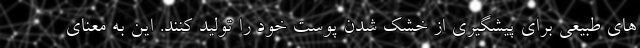
های طبیعی برای پیشگیری از خشک شدن پوست خود را تولید کنند. این به معنای